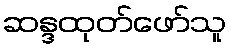
ဆန္ဒထုတ်ဖော်သူ